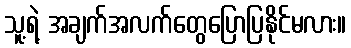
သူ့ရဲ့ အချက်အလက်တွေပြောပြနိုင်မလား။